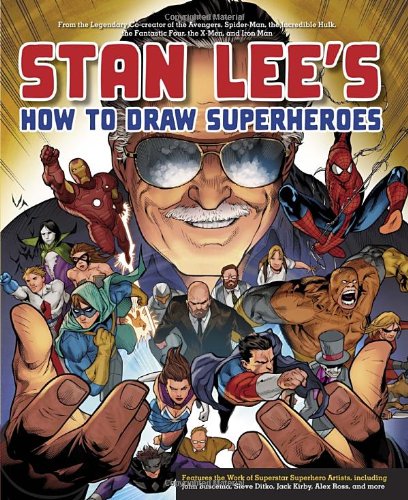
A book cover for Stan Lee's How to Draw Superheroes: From the Legendary Co-creator of the Avengers, Spider-Man, the Incredible Hulk, the Fantastic Four, the X-Men, and Iron Man; Stan Lee; Comics & Graphic Novels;